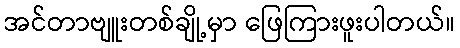
အင်တာဗျူးတစ်ချို့မှာ ဖြေကြားဖူးပါတယ်။